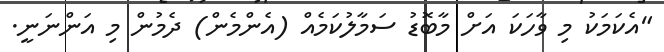
"އެކަމަކު މި ވާހަކަ އަށް މާބޮޑު ސަމާލުކަމެއް (އެންމެން) ދެމުން މި އަންނަނީ.